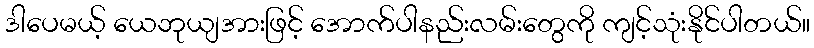
ဒါပေမယ့် ယေဘုယျအားဖြင့် အောက်ပါနည်းလမ်းတွေကို ကျင့်သုံးနိုင်ပါတယ်။